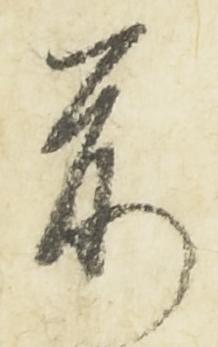
前